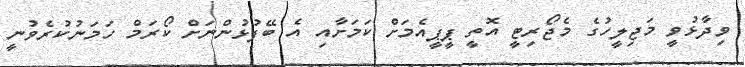
ވިދާޅުވީ މަޖިލީހުގެ މެޖޯރިޓީ އޮތީ ޕީޕީއެމަށް ކަމަށާއި އެ ބޭފުޅުންނަށް ކޯރަމް ހަމަނުކުރެވުނީ